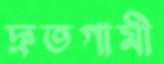
দ্রুতগামী